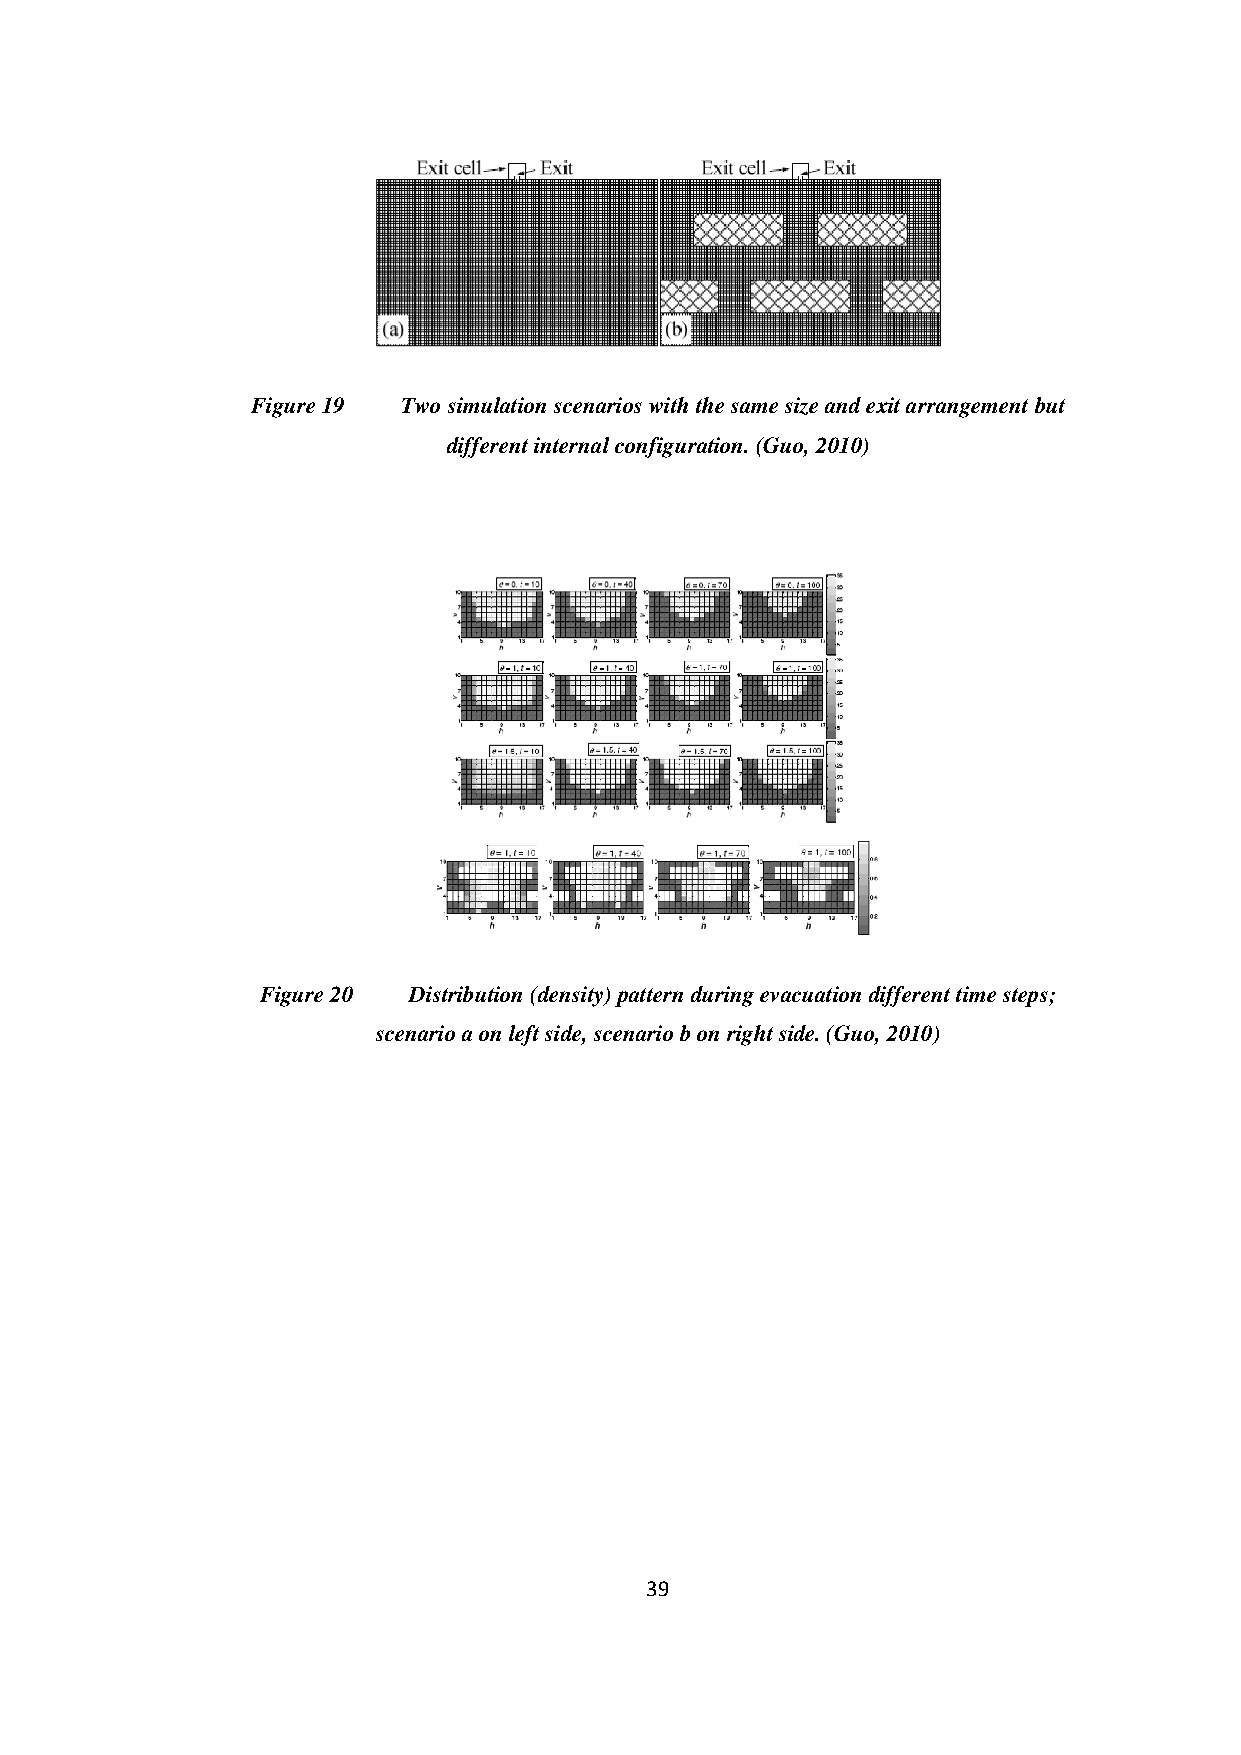
Figure 19 Two simulation scenarios with the same size and exit arrangement but
 different internal configuration. (Guo, 2010)
 Figure 20 Distribution (density) pattern during evacuation different time steps;
 scenario a on left side, scenario b on right side. (Guo, 2010)
 39